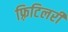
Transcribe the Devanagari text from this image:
फ़्रिटिलरी